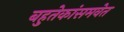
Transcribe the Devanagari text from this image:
बहुतेकांसमवेत